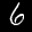
Label: 6